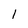
Character: 1